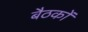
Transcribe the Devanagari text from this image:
बैठकाें